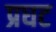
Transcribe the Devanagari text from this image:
प्रघट